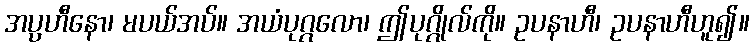
အပ္ပဟီနော၊ မပယ်အပ်။ အယံပုဂ္ဂလော၊ ဤပုဂ္ဂိုလ်ကို။ ဥပနာဟီ၊ ဥပနာဟီဟူ၍။